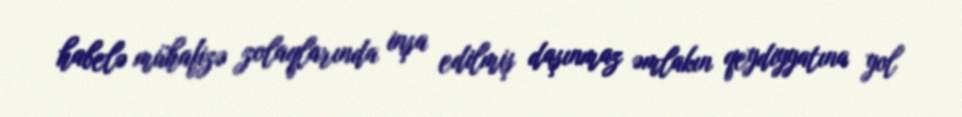
habelə mühafizə zolaqlarında inşa edilmiş daşınmaz əmlakın qeydiyyatına yol